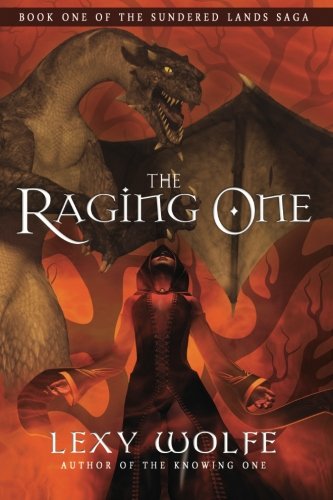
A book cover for The Raging One (The Sundered Lands Saga) (Volume 1); Lexy Wolfe; Science Fiction & Fantasy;